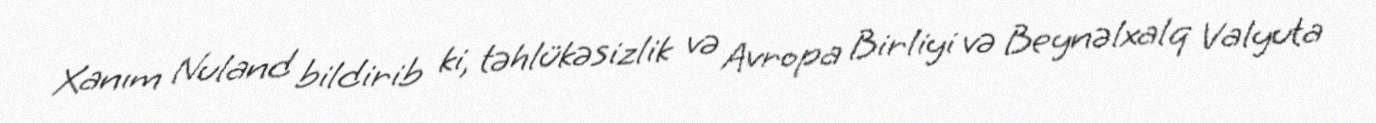
Xanım Nuland bildirib ki, təhlükəsizlik və Avropa Birliyi və Beynəlxalq Valyuta